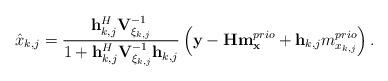
LaTeX: \begin{align*}\hat{x}_{k,j} = \frac{\mathbf{h}_{k,j}^H \mathbf{V}_{\xi_{k,j}} ^{-1}}{1 + \mathbf{h}_{k,j}^H \mathbf{V}_{\xi_{k,j}} ^{-1} \mathbf{h}_{k,j}} \left( \mathbf{y} - \mathbf{H} \mathbf{m}_\mathbf{x}^{prio} + \mathbf{h}_{k,j} m_{x_{k,j}}^{prio} \right).\end{align*}